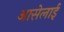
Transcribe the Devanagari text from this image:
आसेलाई